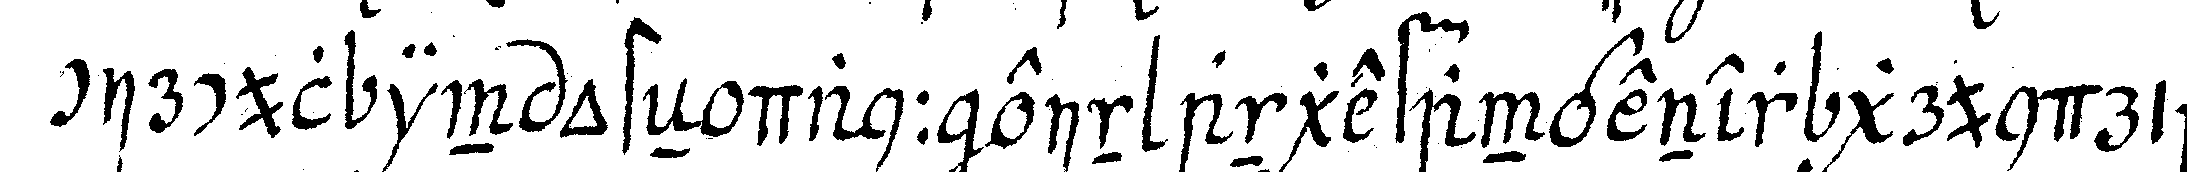
circul in osteN dann ein angefangener grundriss